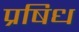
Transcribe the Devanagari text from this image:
प्रषिध